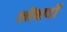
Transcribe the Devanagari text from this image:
लोंबार्दो